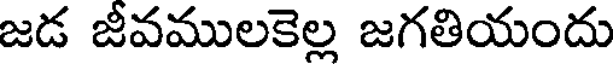
జడ జీవములకెల్ల జగతియందు